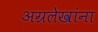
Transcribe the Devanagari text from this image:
अग्रलेखांना